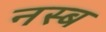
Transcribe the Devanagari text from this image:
नस्ब